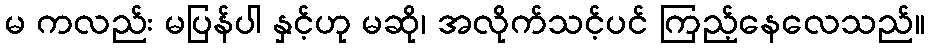
မ ကလည်း မပြန်ပါ နှင့်ဟု မဆို၊ အလိုက်သင့်ပင် ကြည့်နေလေသည်။